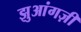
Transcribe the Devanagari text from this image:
झुआंगज़ी